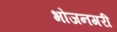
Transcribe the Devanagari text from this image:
भोजनगरी